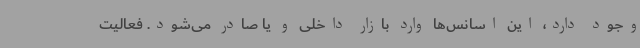
وجود دارد، این اسانس‌ها وارد بازار داخلی و یا صادر می‌شود. فعالیت